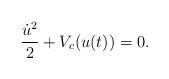
LaTeX: \begin{align*}\frac{\dot{u}^2}{2} + V_c(u(t)) = 0.\end{align*}